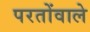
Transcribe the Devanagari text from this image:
परतोंवाले